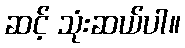
ဆင့် သုံးဆယ်ပါ။